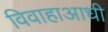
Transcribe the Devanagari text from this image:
विवाहाआधी